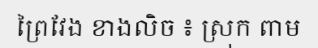
ព្រៃវែង ខាងលិច ៖ ស្រុក ពាម